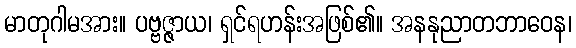
မာတုဂါမအား။ ပဗ္ဗဇ္ဇာယ၊ ရှင်ရဟန်းအဖြစ်၏။ အနနုညာတဘာဝေန၊